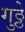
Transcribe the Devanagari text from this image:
गुठ्ठे